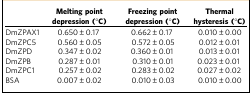
|  | Melting point depression (°C) | Freezing point depression (°C) | Thermal hysteresis (°C) |
 | --- | --- | --- | --- |
 | DmZPAX1 | 0.650±0.17 | 0.662±0.17 | 0.010±0.00 |
 | DmZPC5 | 0.560±0.05 | 0.572±0.05 | 0.012±0.01 |
 | DmZPD | 0.347±0.02 | 0.360±0.01 | 0.013±0.01 |
 | DmZPB | 0.287±0.01 | 0.310±0.01 | 0.023±0.01 |
 | DmZPC1 | 0.257±0.02 | 0.283±0.02 | 0.027±0.02 |
 | BSA | 0.007±0.02 | 0.010±0.03 | 0.010±0.00 |